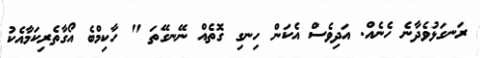
ރަނގަޅުވެދާނެ ހެނެއް. އަދިވެސް އެކަން ހިނގި ގޮތެއް ނޭނގޭތަ " ހާކިމްބެ އޯގާތެރިކަމާއެކު